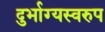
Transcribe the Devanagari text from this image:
दुर्भाग्यस्वरुप